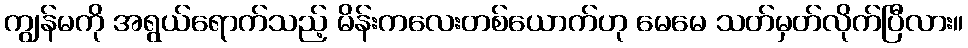
ကျွန်မကို အရွယ်ရောက်သည့် မိန်းကလေးတစ်ယောက်ဟု မေမေ သတ်မှတ်လိုက်ပြီလား။